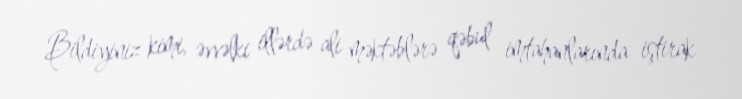
Bildiyiniz kimi, əvvəlki illərdə ali məktəblərə qəbul imtahanlarında iştirak